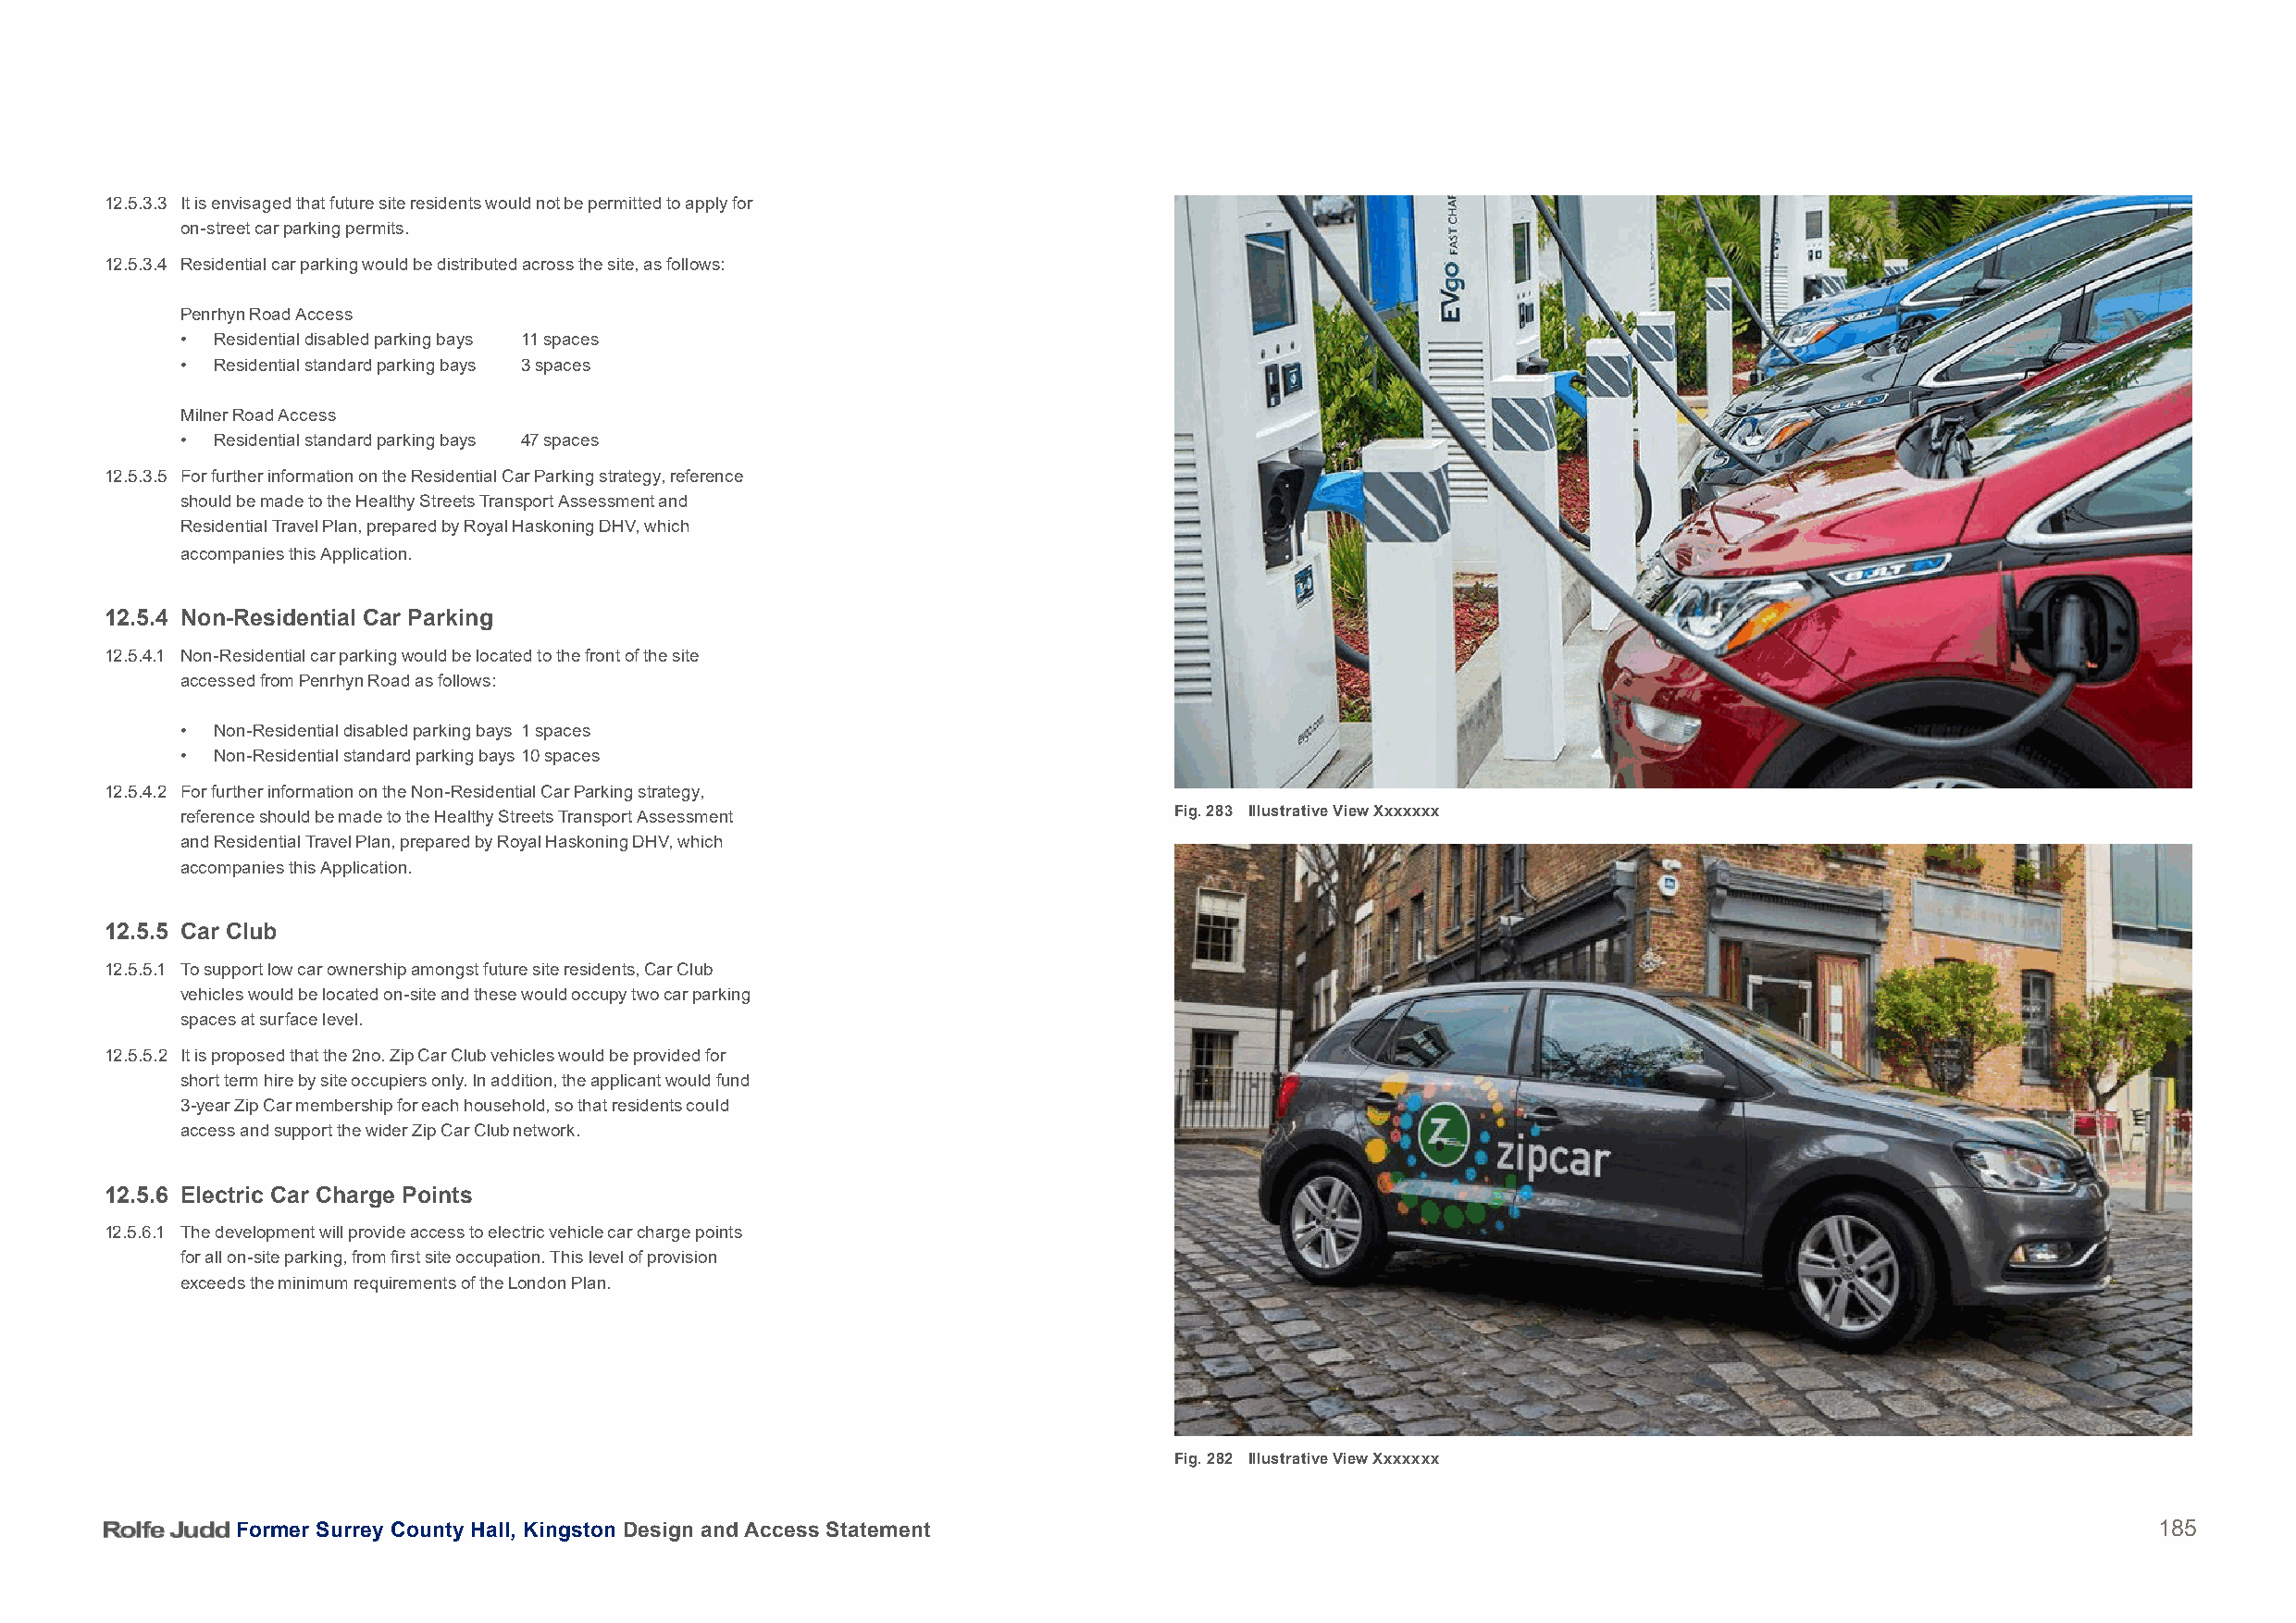
12.5.3.3 It is envisaged that future site residents would not be permitted to apply for
 on-street car parking permits.
 12.5.3.4 Residential car parking would be distributed across the site, as follows:
 Penrhyn Road Access
 • Residential disabled parking bays 11 spaces
 • Residential standard parking bays 3 spaces
 Milner Road Access
 • Residential standard parking bays 47 spaces
 12.5.3.5 For further information on the Residential Car Parking strategy, reference
 should be made to the Healthy Streets Transport Assessment and
 Residential Travel Plan, prepared by Royal Haskoning DHV, which
 accompanies this Application.
 B      12.5.4 Non-Residential Car Parking
 12.5.4.1 Non-Residential car parking would be located to the front of the site
 accessed from Penrhyn Road as follows:
 • Non-Residential disabled parking bays 1 spaces
 • Non-Residential standard parking bays 10 spaces
 12.5.4.2 For further information on the Non-Residential Car Parking strategy,
 reference should be made to the Healthy Streets Transport Assessment   Fig. 283 Illustrative View Xxxxxxx
 and Residential Travel Plan, prepared by Royal Haskoning DHV, which
 accompanies this Application.
 12.5.5 Car Club
 12.5.5.1 To support low car ownership amongst future site residents, Car Club
 vehicles would be located on-site and these would occupy two car parking
 spaces at surface level.
 12.5.5.2 It is proposed that the 2no. Zip Car Club vehicles would be provided for
 short term hire by site occupiers only. In addition, the applicant would fund
 3-year Zip Car membership for each household, so that residents could
 access and support the wider Zip Car Club network.
 12.5.6 Electric Car Charge Points
 12.5.6.1 The development will provide access to electric vehicle car charge points
 for all on-site parking, from first site occupation. This level of provision
 exceeds the minimum requirements of the London Plan.
 Fig. 282 Illustrative View Xxxxxxx
 Former Surrey County Hall, Kingston Design and Access Statement                                                                          185